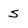
Character: S